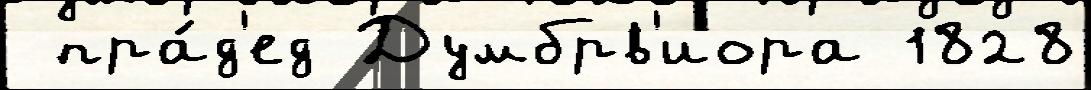
 пра́д'ед Думбрв'иора 1828